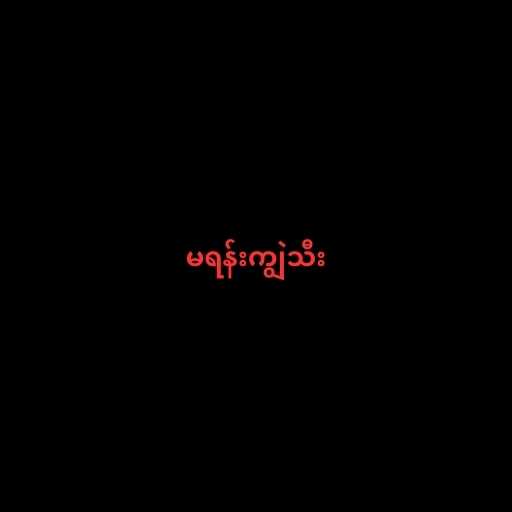
မရန်းကျွဲသီး